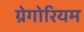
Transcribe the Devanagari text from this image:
ग्रेगोरियम